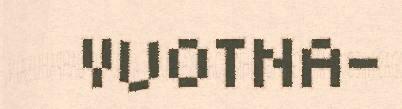
VUOTNA-